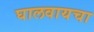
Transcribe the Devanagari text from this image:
घालवायचा